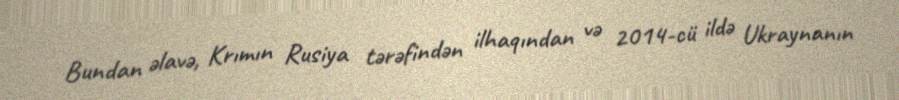
Bundan əlavə, Krımın Rusiya tərəfindən ilhaqından və 2014-cü ildə Ukraynanın